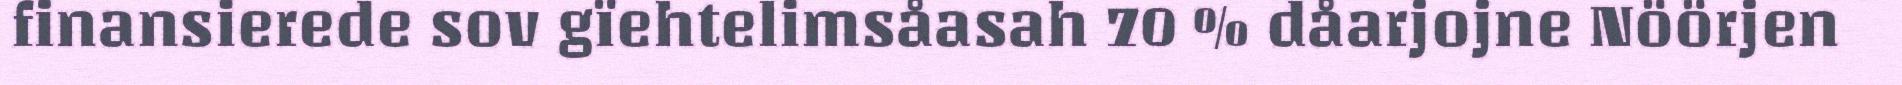
finansierede sov gïehtelimsåasah 70 % dåarjojne Nöörjen